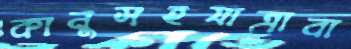
কানুসহযাত্রাবা